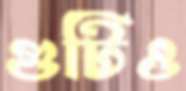
গুটিও